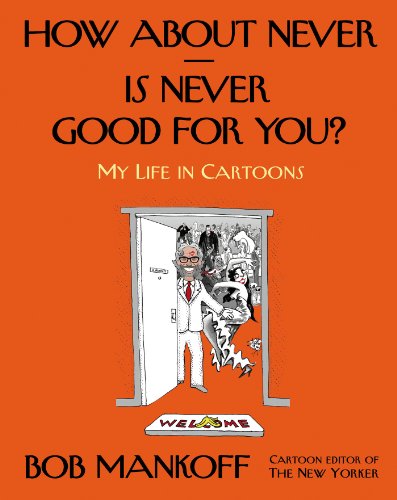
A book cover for How About Never--Is Never Good for You?: My Life in Cartoons; Bob Mankoff; Comics & Graphic Novels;